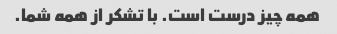
همه چیز درست است. با تشکر از همه شما.